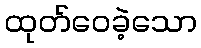
ထုတ်ဝေခဲ့သော